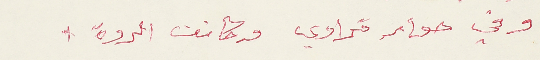
وفي حوار قرادي وكانت الردة: